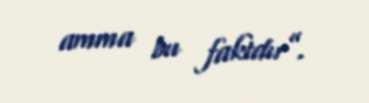
amma bu faktdır”.